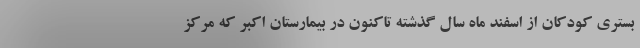
بستری کودکان از اسفند ماه سال گذشته تاکنون در بیمارستان اکبر که مرکز